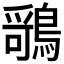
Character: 𬷤